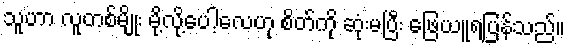
သူဟာ လူတစ်မျိုး မို့လို့ပေါ့လေဟု စိတ်ကို ဆုံးမပြီး ဖြေယူရပြန်သည်။